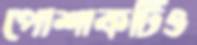
পোশাকটিও